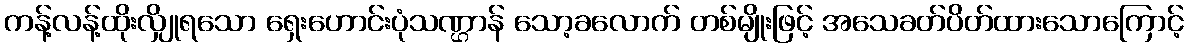
ကန့်လန့်ထိုးလျှိုရသော ရှေးဟောင်းပုံသဏ္ဌာန် သော့ခလောက် တစ်မျိုးဖြင့် အသေခတ်ပိတ်ထားသောကြောင့်